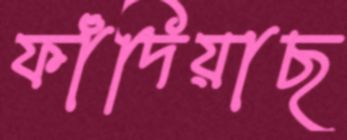
ফাঁদিয়াছ